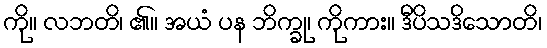
ကို။ လဘတိ၊ ၏။ အယံ ပန ဘိက္ခု၊ ကိုကား။ ဒီပိသဒိသောတိ၊